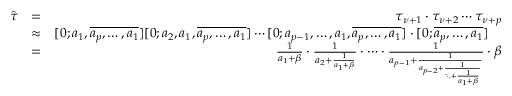
\begin{array} { r l r } { \hat { \tau } } & { = } & { \tau _ { \nu + 1 } \cdot \tau _ { \nu + 2 } \cdots \tau _ { \nu + p } } \\ & { \approx } & { [ 0 ; a _ { 1 } , \overline { { a _ { p } , \ldots , a _ { 1 } } } ] [ 0 ; a _ { 2 } , a _ { 1 } , \overline { { a _ { p } , \ldots , a _ { 1 } } } ] \cdots [ 0 ; a _ { p - 1 } , \ldots , a _ { 1 } , \overline { { a _ { p } , \ldots , a _ { 1 } } } ] \cdot [ 0 ; \overline { { a _ { p } , \ldots , a _ { 1 } } } ] \quad } \\ & { = } & { \frac { 1 } { a _ { 1 } + \beta } \cdot \frac { 1 } { a _ { 2 } + \frac { 1 } { a _ { 1 } + \beta } } \cdot \cdots \cdot \frac { 1 } { a _ { p - 1 } + \frac { 1 } { a _ { p - 2 } + \frac { 1 } { \ddots + \frac { 1 } { a _ { 1 } + \beta } } } } \cdot \beta } \end{array}